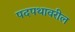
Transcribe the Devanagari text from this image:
पदपथावरील